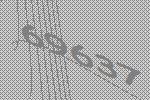
69637